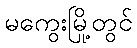
မကွေးမြို့တွင်